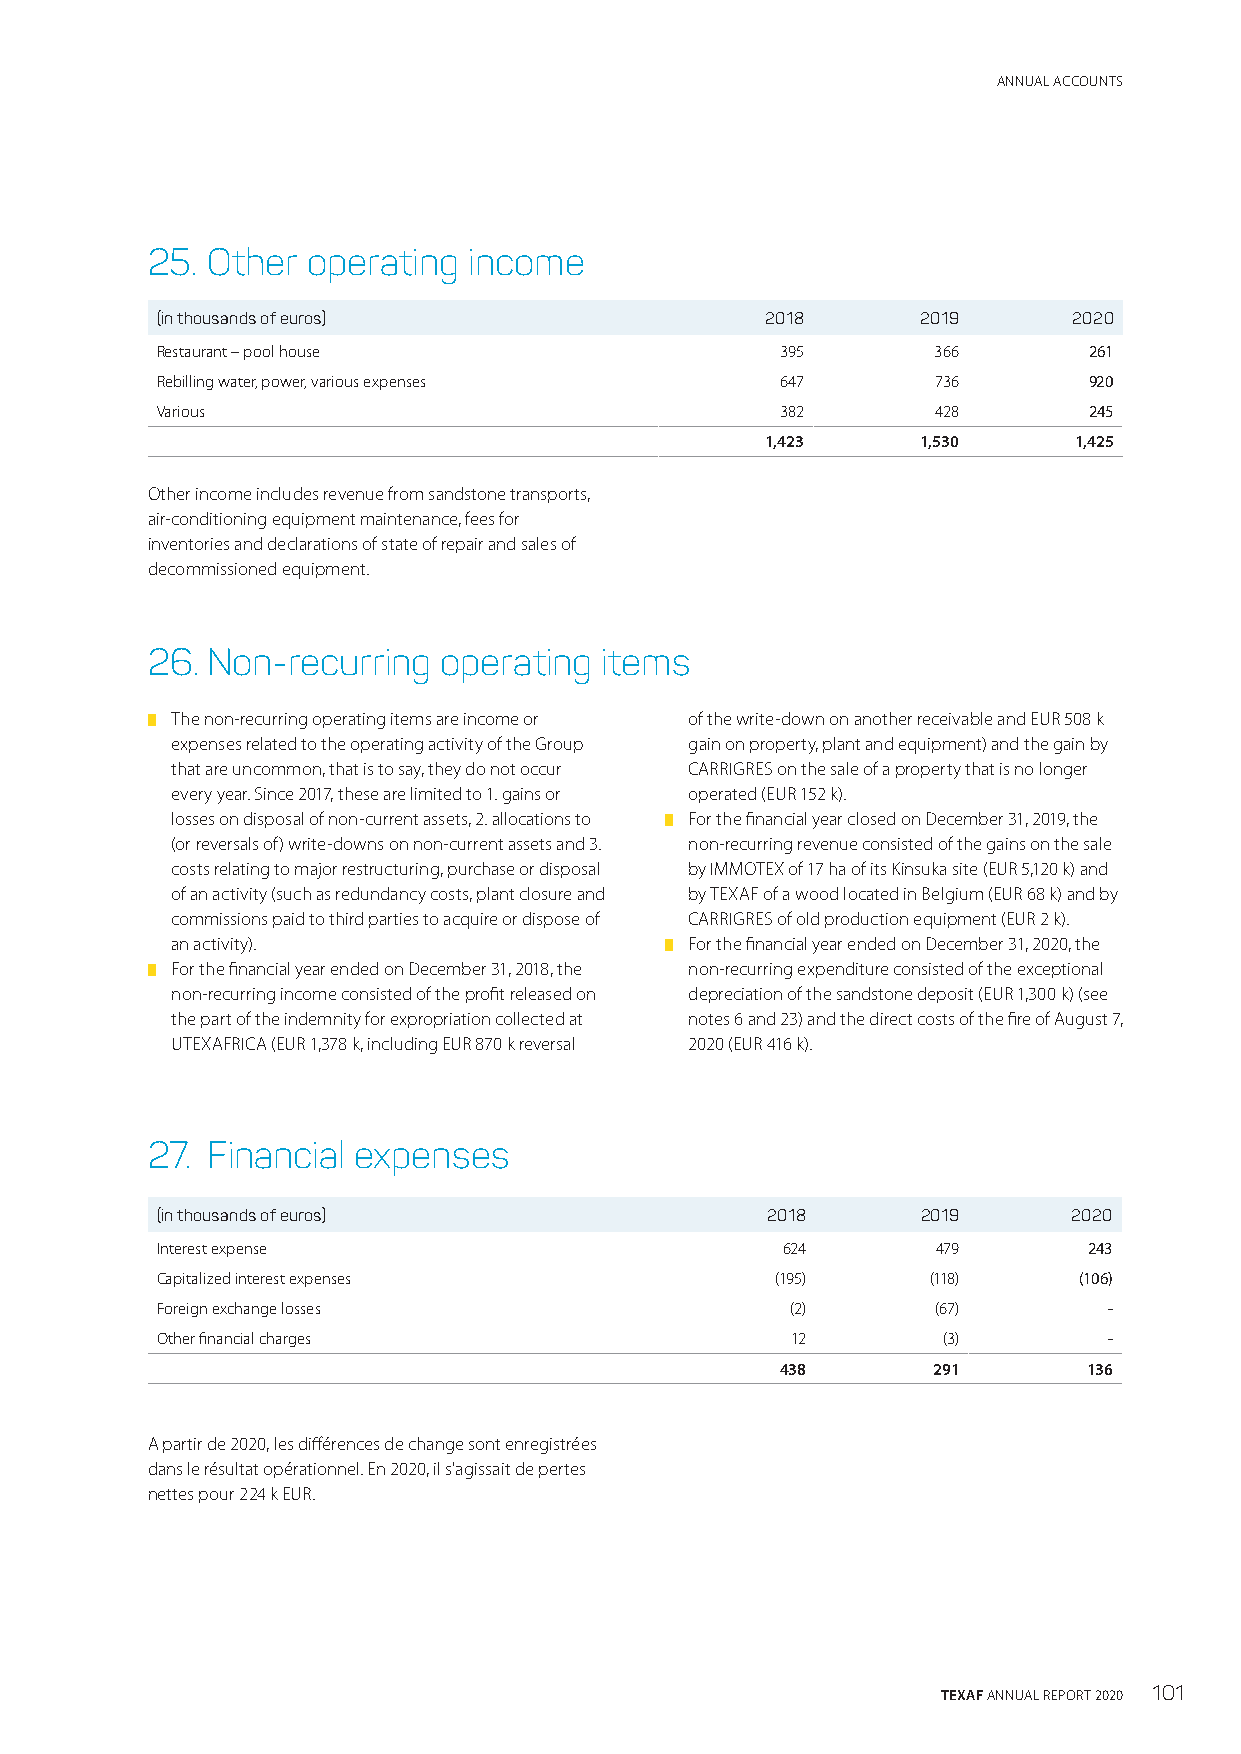
ANNUAL ACCOUNTS
 25. Other operating  income
 (in thousands of euros)                  2018      2019      2020
 Restaurant – pool house                   395       366       261
 Rebilling water, power, various expenses  647       736       920
 Various                                   382       428       245
 1,423     1,530     1,425
 Other income includes revenue from sandstone transports,
 air-conditioning equipment maintenance, fees for
 inventories and declarations of state of repair and sales of
 decommissioned equipment.
 26. Non-recurring  operating  items
 █ The non-recurring operating items are income or of the write-down on another receivable and EUR 508 k
 expenses related to the operating activity of the Group gain on property, plant and equipment) and the gain by
 that are uncommon, that is to say, they do not occur CARRIGRES on the sale of a property that is no longer
 every year. Since 2017, these are limited to 1. gains or operated (EUR 152 k).
 losses on disposal of non-current assets, 2. allocations to █ For the financial year closed on December 31, 2019, the
 (or reversals of) write-downs on non-current assets and 3. non-recurring revenue consisted of the gains on the sale
 costs relating to major restructuring, purchase or disposal by IMMOTEX of 17 ha of its Kinsuka site (EUR 5,120 k) and
 of an activity (such as redundancy costs, plant closure and by TEXAF of a wood located in Belgium (EUR 68 k) and by
 commissions paid to third parties to acquire or dispose of CARRIGRES of old production equipment (EUR 2 k).
 an activity).                    █ For the financial year ended on December 31, 2020, the
 █ For the financial year ended on December 31, 2018, the non-recurring expenditure consisted of the exceptional
 non-recurring income consisted of the profit released on depreciation of the sandstone deposit (EUR 1,300 k) (see
 the part of the indemnity for expropriation collected at notes 6 and 23) and the direct costs of the fire of August 7,
 UTEXAFRICA (EUR 1,378 k, including EUR 870 k reversal 2020 (EUR 416 k).
 27. Financial expenses
 (in thousands of euros)                  2018      2019      2020
 Interest expense                          624       479       243
 Capitalized interest expenses            (195)      (118)    (106)
 Foreign exchange losses                   (2)       (67)       -
 Other financial charges                   12        (3)        -
 438       291       136
 A partir de 2020, les différences de change sont enregistrées
 dans le résultat opérationnel. En 2020, il s'agissait de pertes
 nettes pour 224 k EUR.
 TEXAF ANNUAL REPORT 2020 101